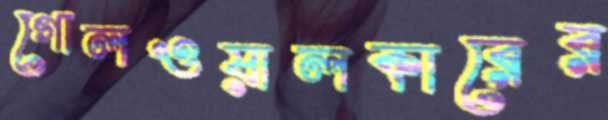
গোলওয়ালকারের